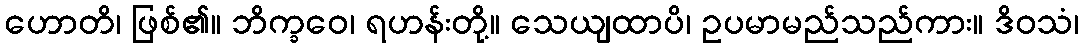
ဟောတိ၊ ဖြစ်၏။ ဘိက္ခဝေ၊ ရဟန်းတို့။ သေယျထာပိ၊ ဥပမာမည်သည်ကား။ ဒိဝသံ၊